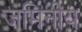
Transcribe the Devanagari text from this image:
जमिनीय